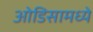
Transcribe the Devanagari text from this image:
ओडिसामध्ये